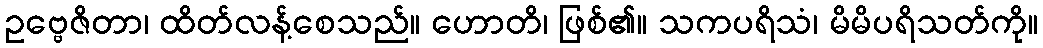
ဥဗ္ဗေဇိတာ၊ ထိတ်လန့်စေသည်။ ဟောတိ၊ ဖြစ်၏။ သကပရိသံ၊ မိမိပရိသတ်ကို။